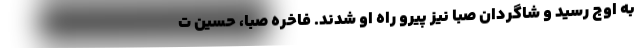
به اوج رسید و شاگردان صبا نیز پیرو راه او شدند. فاخره صبا، حسین ت